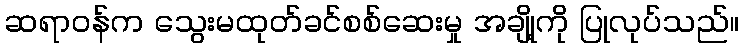
ဆရာဝန်က သွေးမထုတ်ခင်စစ်ဆေးမှု အချို့ကို ပြုလုပ်သည်။